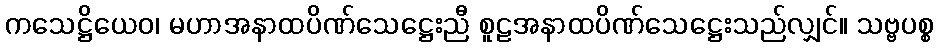
ကသေဋ္ဌိယေဝ၊ မဟာအနာထပိဏ်သေဋ္ဌေးညီ စူဠအနာထပိဏ်သေဋ္ဌေးသည်လျှင်။ သဗ္ဗပစ္စ